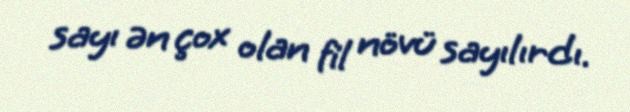
sayı ən çox olan fil növü sayılırdı.